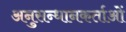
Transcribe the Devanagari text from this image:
अनुसन्धानकर्ताओं